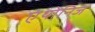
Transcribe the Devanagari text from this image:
एंथोनिज